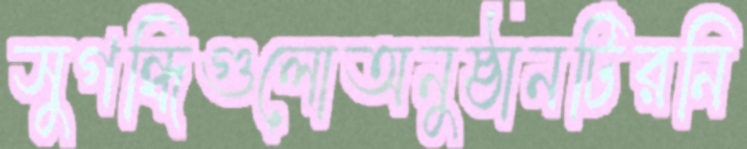
সুগন্ধিগুলোঅনুষ্ঠানটিরনি